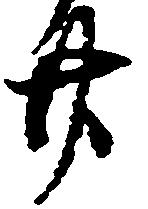
廿